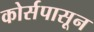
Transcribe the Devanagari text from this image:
कोर्सपासून